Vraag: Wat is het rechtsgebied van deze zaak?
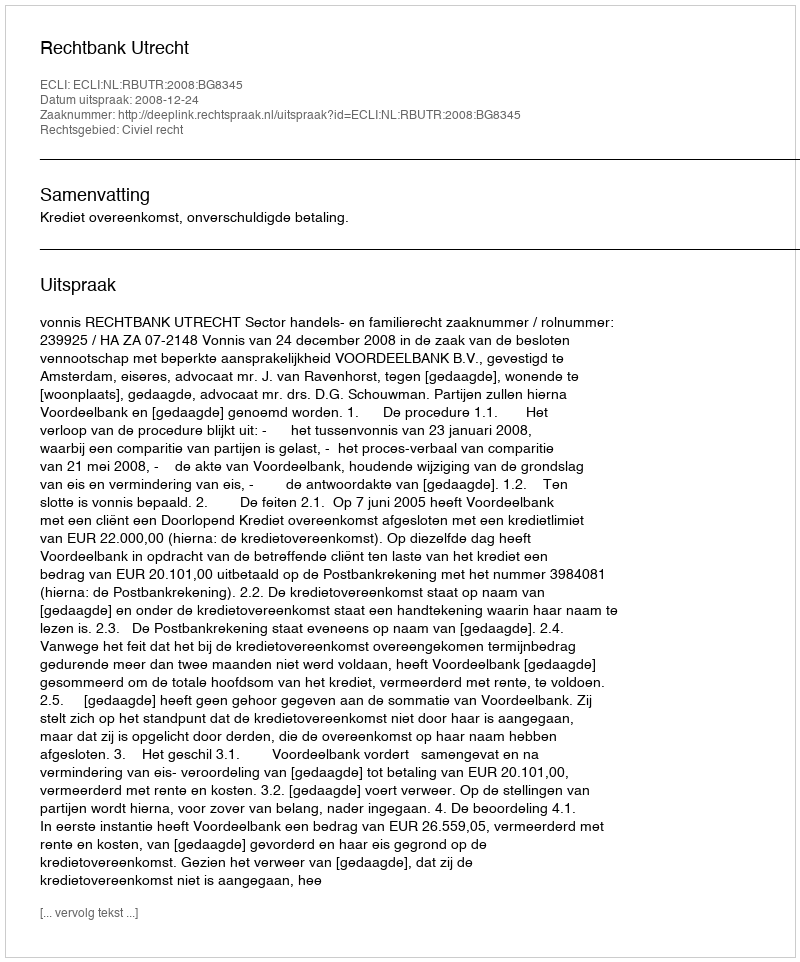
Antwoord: Civiel recht